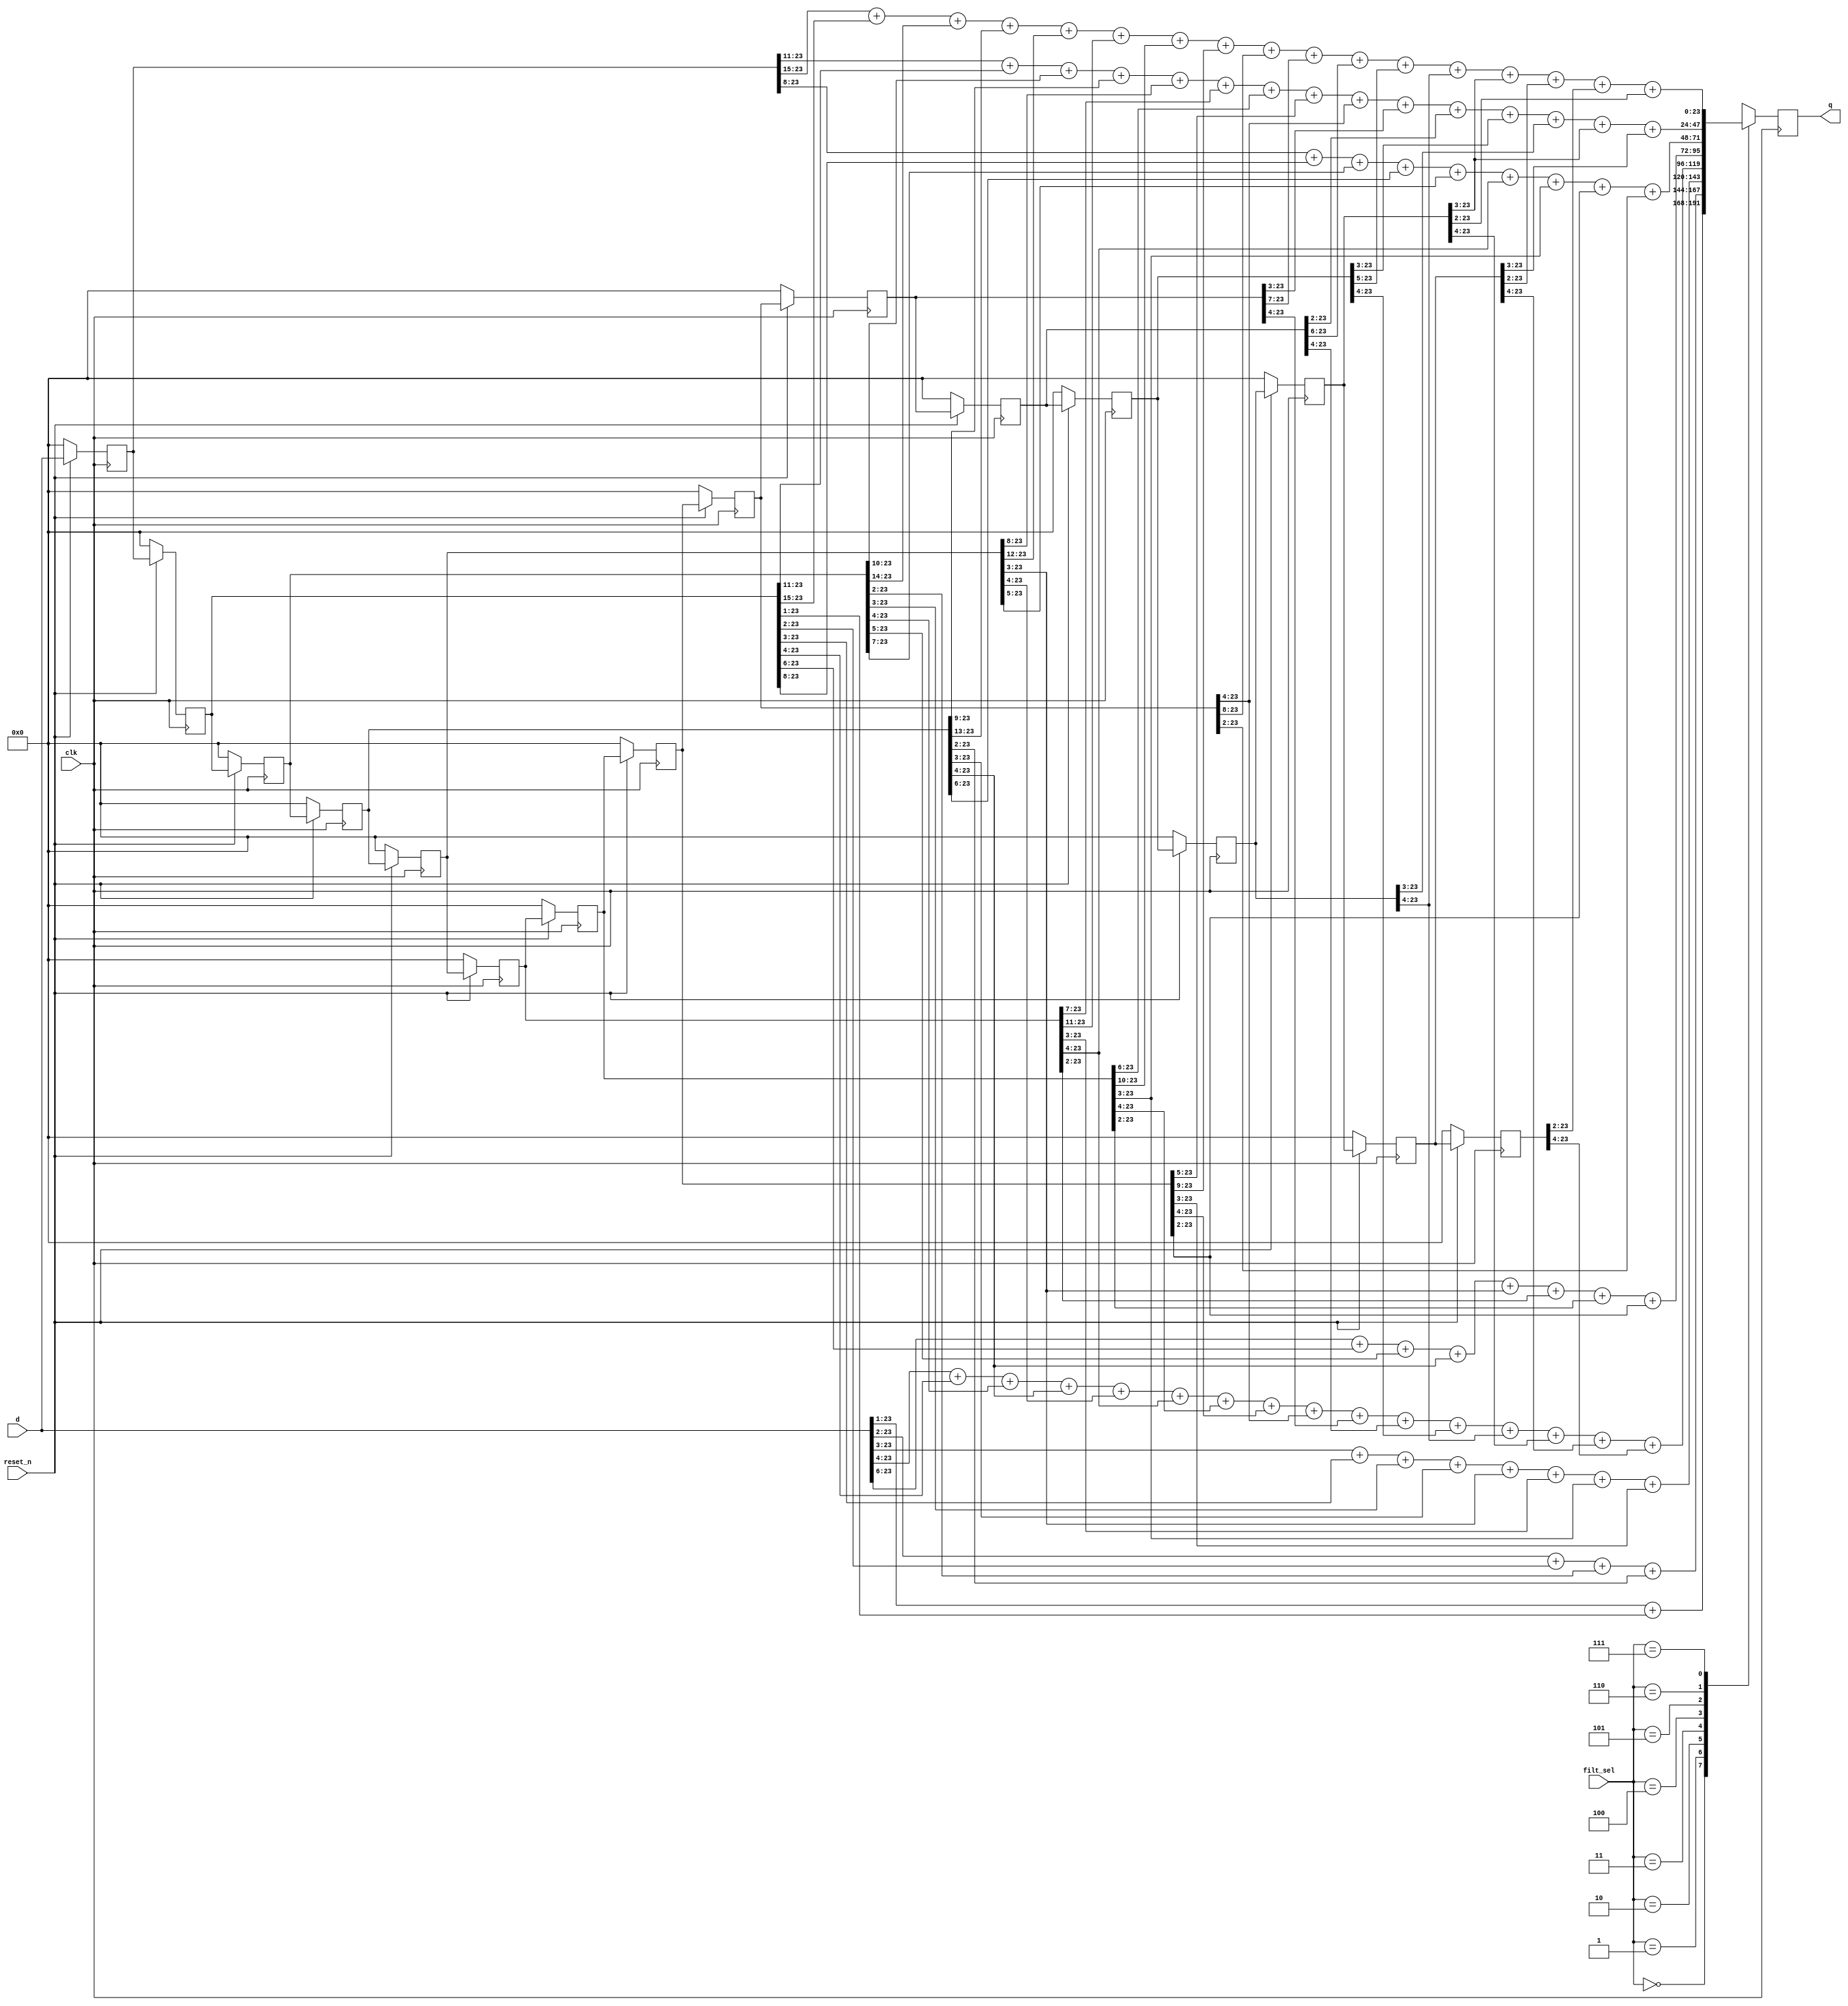

module newfilter # (parameter BIT_WIDTH = 24, parameter RANGE = BIT_WIDTH-1)(//easy bit depth control
	input wire [2:0] filt_sel,//choose from 8 LPF choices
	input wire clk,//
	input  wire signed [RANGE:0] d,
	input wire reset_n,
	output signed [RANGE:0] q
	 );
	reg signed [23:0] regq;
   reg signed [23:0] del[15:0];
      integer i;
      always @ ( posedge clk ) //look familiar?
		begin
      if(reset_n == 1'b0)
         for (i = 0; i <= 15; i = i+ 1)
				begin: clear_fir
					del[i] <= 0;
            end
      else
         for (i = 1; i <= 15; i = i+ 1)
				begin: shift_fir
               del[0] <= d;
               del[i] <= del[i-1] ;
            end
		end
		reg signed [31:0] sum;

	always @ (posedge clk)

	begin case(filt_sel)
		 3'b000:begin // start of classic running average LPF
			regq <=
					$signed(d>>>1) +//1/2
					$signed(del[1]>>>1);//1/2
				 	end

		3'b001:begin
			regq <=
					$signed(d>>>2) +//1/4
					$signed(del[1]>>>2) +//1/4
					$signed(del[2]>>>2)+//1/4
					$signed(del[3]>>>2);//1/4
				 	end

		3'b010:begin
			regq <=
					$signed(d >>>3) +//1/8
					$signed(del[1]>>>3) +//1/8
					$signed(del[2]>>>3) +//1/8
					$signed(del[3]>>>3) +//1/8
					$signed(del[4]>>>3) +//1/8
					$signed(del[5]>>>3) +//1/8
					$signed(del[6]>>>3) +//1/8
					$signed(del[7]>>>3);
				 	end

		3'b011:begin // end of classic running average LPF
			regq <=
					$signed(d >>>4) +//1/16
					$signed(del[1]>>>4) +//1/16
					$signed(del[2]>>>4) +//1/16
					$signed(del[3]>>>4) +//1/16
					$signed(del[4]>>>4) +//1/16
					$signed(del[5]>>>4) +//1/16
					$signed(del[6]>>>4) +//1/16
					$signed(del[7]>>>4) +
					$signed(del[8]>>>4) +//1/16
					$signed(del[9]>>>4) +//1/16
					$signed(del[10]>>>4) +//1/16
					$signed(del[11]>>>4) +//1/16
					$signed(del[12]>>>4) +//1/16
					$signed(del[13]>>>4) +//1/16
					$signed(del[14]>>>4) +//1/16
					$signed(del[15]>>>4);
					end

		3'b100:begin // start of experimental section
			regq <=
					$signed(d >>>6) +//1/64
					$signed(del[1]>>>6) +//1/64
					$signed(del[2]>>>5) +//1/32
					$signed(del[3]>>>4) +//1/16
					$signed(del[4]>>>3) +//1/8
					$signed(del[5]>>>2) +//1/4
					$signed(del[6]>>>2) + //1/4
					$signed(del[7]>>>2); //1/4
				 	end

		3'b101:begin
			regq <=
					$signed(del[0]>>>8) +//1/256
					$signed(del[1]>>>8) +//1/256
					$signed(del[2]>>>7) +//1/128
					$signed(del[3]>>>6) +//1/64
					$signed(del[4]>>>5) +//1/32
					$signed(del[5]>>>4) +//1/16
					$signed(del[6]>>>3) +//1/8
					$signed(del[7]>>>2) +//1/4
					$signed(del[8]>>>2);//1/4
				 end

		3'b110:begin
			regq <=
					$signed(del[0]>>>11) +//1/2048
					$signed(del[1]>>>11) +//1/2048
					$signed(del[2]>>>10) +//1/1024
					$signed(del[3]>>>9)  +//1/512
					$signed(del[4]>>>8)  +//1/256
					$signed(del[5]>>>7)  +//1/128
					$signed(del[6]>>>6) +//1/64
					$signed(del[7]>>>5) +//1/32
					$signed(del[8]>>>4) +//1/16
					$signed(del[9]>>>3) +//1/8
					$signed(del[10]>>>2) +//1/4
					$signed(del[11]>>>3) +//1/8
					$signed(del[12]>>>3) +//1/8
					$signed(del[13]>>>3) +//1/8
					$signed(del[14]>>>3);
				 end

		3'b111:begin // end of experimental section
			regq <=$signed(del[0]>>>15) +//1/32768
					$signed(del[1]>>>15) +//1/32768
					$signed(del[2]>>>14) +//1/16384
					$signed(del[3]>>>13) +//1/8192
					$signed(del[4]>>>12) +//1/4096
					$signed(del[5]>>>11) +//1/2048
					$signed(del[6]>>>10) +//1/1024
					$signed(del[7]>>>9)  +//1/512
					$signed(del[8]>>>8)  +//1/256
					$signed(del[9]>>>7)  +//1/128
					$signed(del[10]>>>6) +//1/64
					$signed(del[11]>>>5) +//1/32
					$signed(del[12]>>>4) +//1/16
					$signed(del[13]>>>3) +//1/8
					$signed(del[14]>>>2) +//1/4/
					$signed(del[15]>>>2)+///1/4
					$signed(del[13]>>>2);///1/4
					end
		endcase
	end

	assign 	q =$signed(regq);
	endmodule